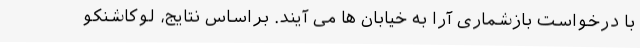
با درخواست بازشماری آرا به خیابان ها می آیند. براساس نتایج، لوکاشنکو